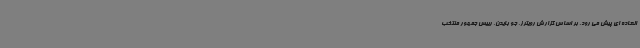
العاده ای پیش می رود. بر اساس گزارش رویترز، جو بایدن، رییس جمهور منتخب